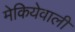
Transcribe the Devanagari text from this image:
मेकियेवाली